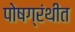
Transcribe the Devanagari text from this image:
पोषग्रंथीत